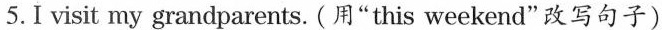
5.I ⅵsit my grandparents. (用"this weekend"改写句子)